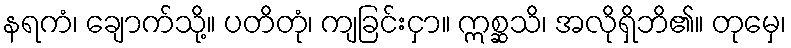
နရကံ၊ ချောက်သို့။ ပတိတုံ၊ ကျခြင်းငှာ။ ဣစ္ဆသိ၊ အလိုရှိဘိ၏။ တုမှေ၊